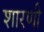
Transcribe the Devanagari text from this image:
शारणी